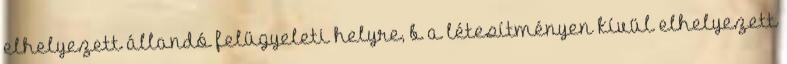
elhelyezett állandó felügyeleti helyre, b a létesítményen kívül elhelyezett